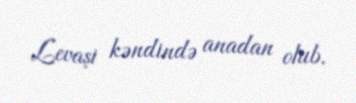
Levaşi kəndində anadan olub.